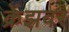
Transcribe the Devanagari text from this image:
क्रेंझवर